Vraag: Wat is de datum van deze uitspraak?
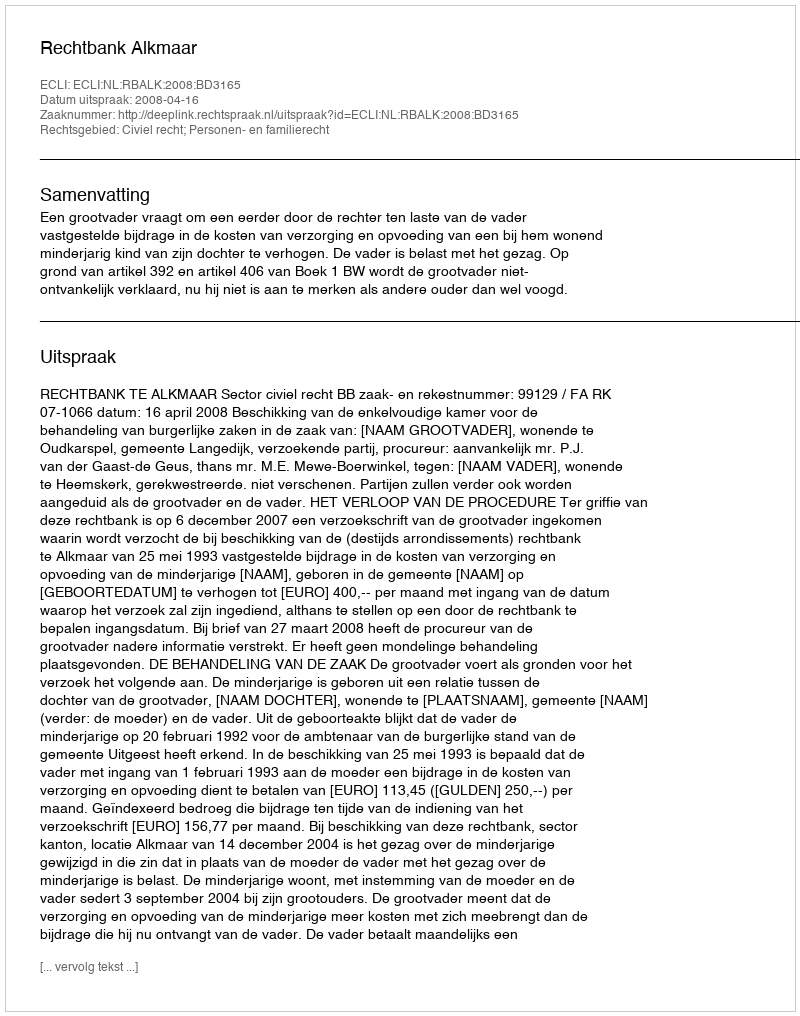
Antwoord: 2008-04-16